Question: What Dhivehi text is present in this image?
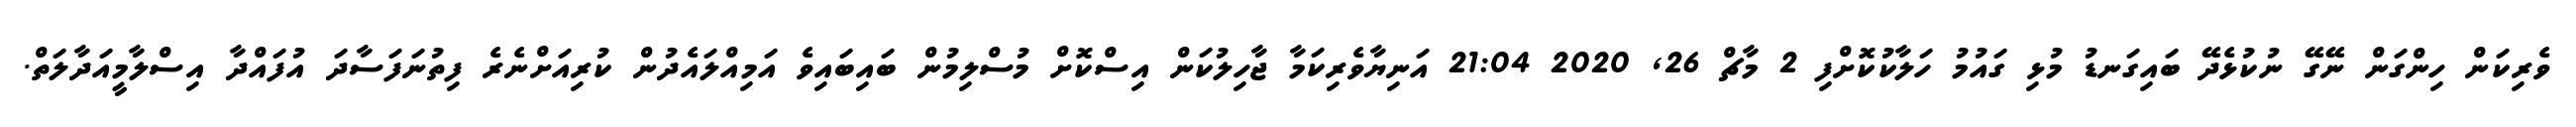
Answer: ވެރިކަން ހިންގަން ނޭގޭ ނުކުޅެދޭ ބައިގަނޑު މުޅި ގައުމު ހަލާކުކޮށްފި 2 މާޗް 26, 2020 21:04 އަނިޔާވެރިކަމާ ޖާހިލުކަން އިސްކޮށް މުސްލިމުން ބައިބައިވެ އަމިއްލައެދުން ކުރިއަށްނެރެ ފިތުނަފަސާދަ އުފައްދާ އިސްލާމީއަދާލަތް.